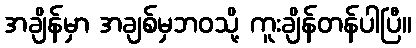
အချိန်မှာ အချစ်မှဘဝသို့ ကူးချိန်တန်ပါပြီ။